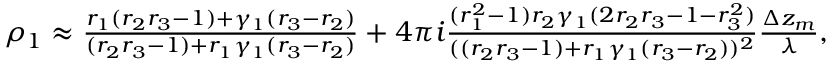
\begin{array} { r } { \rho _ { 1 } \approx \frac { r _ { 1 } ( r _ { 2 } r _ { 3 } - 1 ) + \gamma _ { 1 } ( r _ { 3 } - r _ { 2 } ) } { ( r _ { 2 } r _ { 3 } - 1 ) + r _ { 1 } \gamma _ { 1 } ( r _ { 3 } - r _ { 2 } ) } + 4 \pi i \frac { ( r _ { 1 } ^ { 2 } - 1 ) r _ { 2 } \gamma _ { 1 } ( 2 r _ { 2 } r _ { 3 } - 1 - r _ { 3 } ^ { 2 } ) } { ( ( r _ { 2 } r _ { 3 } - 1 ) + r _ { 1 } \gamma _ { 1 } ( r _ { 3 } - r _ { 2 } ) ) ^ { 2 } } \frac { \Delta z _ { m } } { \lambda } , } \end{array}